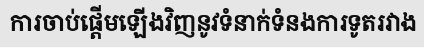
ការចាប់ផ្តើមឡើងវិញនូវទំនាក់ទំនងការទូតរវាង